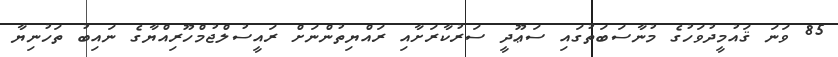
85 ވަނަ ޤައުމީދުވަހުގެ މުނާސަބަތުގައި ސަޢޫދީ ސަރުކާރަށާއި ރައްޔިތުންނަށް ރައީސުލްޖުމްހޫރިއްޔާގެ ނައިބު ތަހުނިޔާ